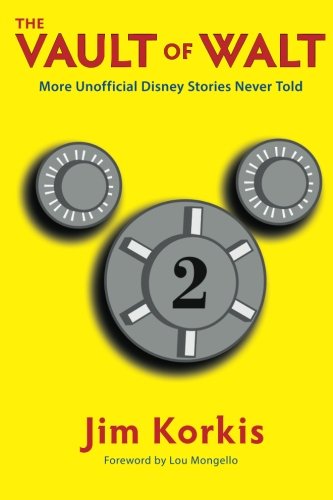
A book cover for The Vault of Walt: Volume 2: Unofficial, Unauthorized, Uncensored Disney Stories Never Told; Jim Korkis; Travel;